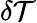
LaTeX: \delta\mathcal{T}